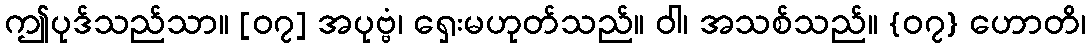
ဤပုဒ်သည်သာ။ [၀၇] အပုဗ္ဗံ၊ ရှေးမဟုတ်သည်။ ဝါ၊ အသစ်သည်။ {၀၇} ဟောတိ၊